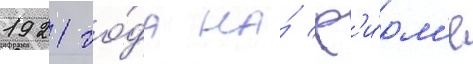
1921 го́да на́ ф'и́рм'е